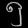
Digit: ၅